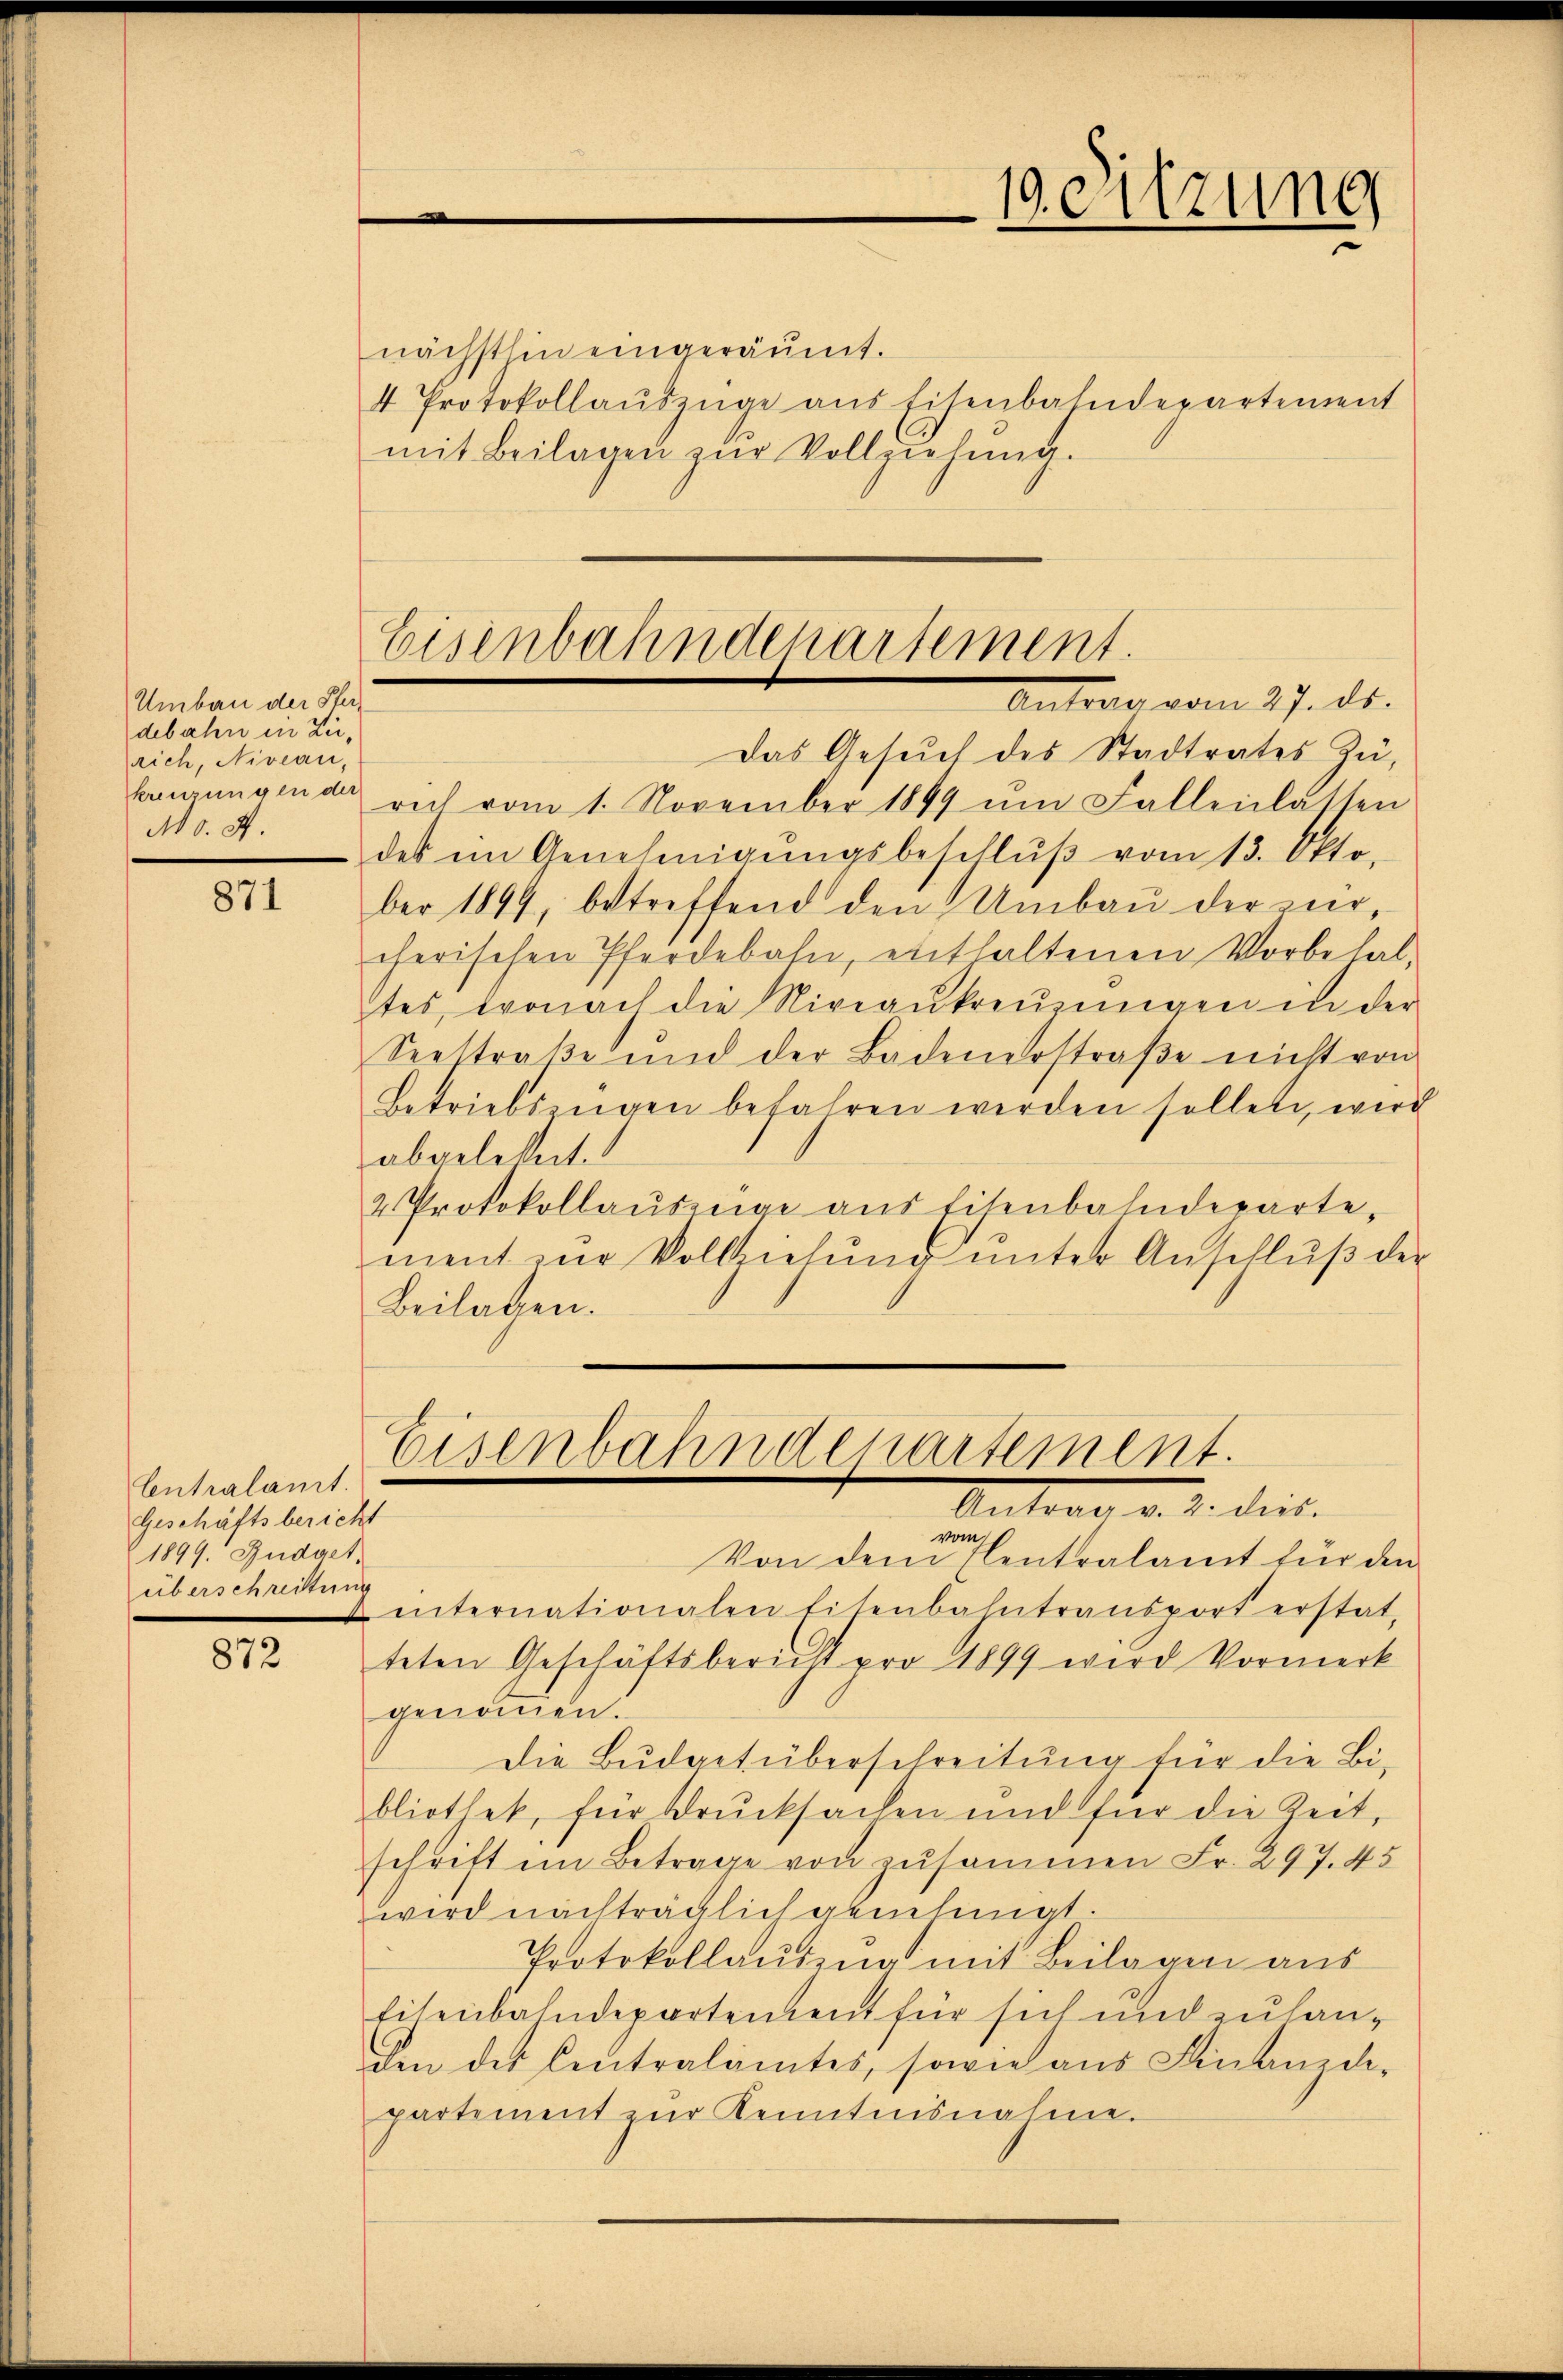
Umbau der Sterdebahn in Zurich, Niveau,
Mo. 4.

871

nächsthin eingeräumt.
4 Protokollaŭszüge aus Eisenbahndepartement
mit Beilagen zŭr Vollziehŭng.

Antrag vom 27. ds.
Das Gesŭch des Stadtrates Zühnungende rich vom 1. November 1899 ŭm Fallenlassen
des im Genehmigŭngsbeschlŭβ vom 13. Okto
ber 1899, betreffend den Umbaŭ der nircherischen Pferdebahn, enthaltenen Vorbehal-
tes, wonach die Niveaŭkreŭzŭngen in der
Seestraße und der Badenerstraβe nicht von
Betriebszügen befahren werden sollen, wird
abgelebert.
2 Protokollauszüge aus Eisenbahndeparte,
ment zŭr Vollziehŭng ŭnter Anschlŭβ der
Beilagen.

Centralamt.
Geschäftsbericht
1899. Budget
überschreitung

872

Eisenbahndepartement.

Eisenbahndepartement.
Antrag d. M. dies

vom
Von den Elentralamt für den
 internationalen Eisenbahntransport erstat-
teten Geschäftsbericht pro 1899 wird Vormerk
genommen.
Die Budgetüberschreitung für die Bibliothek, für Drucksachen und für die Zeit,
schrift in Betrage von zusammen Fr. 297. 45
wird nachträglich genehmigt.
Protokollauszug mit Beilagen aus
Eisenbahndepartement für sich und zulan¬
Ien des Centralamtes, sowie ans Finanzde-
partement zŭr Kenntnisnahme.

19 eitzung